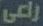
راعي